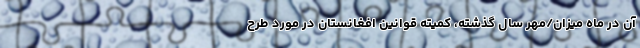
آن در ماه میزان/مهر سال گذشته، کمیته قوانین افغانستان در مورد طرح